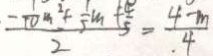
\frac { - \frac { 1 } { 1 0 } m ^ { 2 } + \frac { 1 } { 5 } m + \frac { 4 } { 5 } } { 2 } = \frac { 4 - m } { 4 }